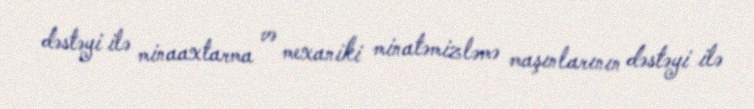
dəstəyi ilə minaaxtarma və mexaniki minatəmizləmə maşınlarının dəstəyi ilə